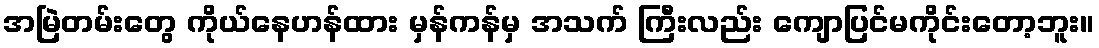
အမြဲတမ်းတွေ ကိုယ်နေဟန်ထား မှန်ကန်မှ အသက် ကြီးလည်း ကျောပြင်မကိုင်းတော့ဘူး။